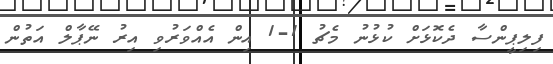
ފިލިޕީންސާ ދެކޮޅަށް ކުޅުނު މެޗު 1-1 އިން އެއްވަރުވި އިރު ނޭޕާލް އަތުން